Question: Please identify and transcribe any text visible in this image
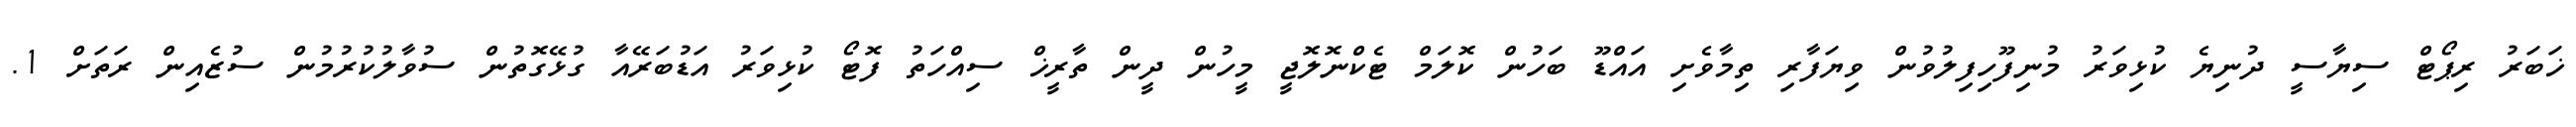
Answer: ޚަބަރު ރިޕޯޓް ސިޔާސީ ދުނިޔެ ކުޅިވަރު މުނިފޫހިފިލުވުން ވިޔަފާރި ތިމާވެށި އައްޑޫ ބަހުން ކޮލަމް ޓެކްނޮލޮޖީ މީހުން ދީން ތާރީޚް ސިއްހަތު ފޮޓޯ ކުޅިވަރު އަޑުބަރޭއާ ގުޅޭގޮތުން ސުވާލުކުރުމުން ސުޒެއިން ރަތަށް 1.